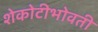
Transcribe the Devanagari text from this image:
शेकोटीभोवती